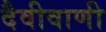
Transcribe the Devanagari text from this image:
दैवीवाणी